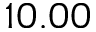
1 0 . 0 0